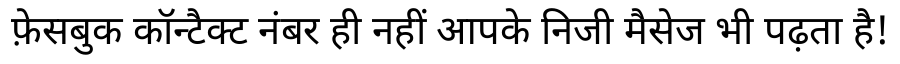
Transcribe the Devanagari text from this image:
फ़ेसबुक कॉन्टैक्ट नंबर ही नहीं आपके निजी मैसेज भी पढ़ता है!